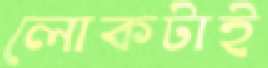
লোকটাই